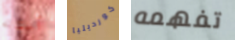
أسنانه كورديليا تفهمه